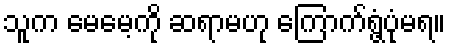
သူက မေမေ့ကို ဆရာမဟု ကြောက်ရွံ့ပုံမရ။